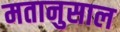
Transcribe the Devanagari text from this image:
मतानुसाल